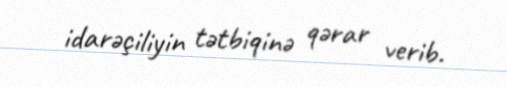
idarəçiliyin tətbiqinə qərar verib.